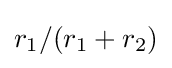
r_{1}/(r_{1}+r_{2})